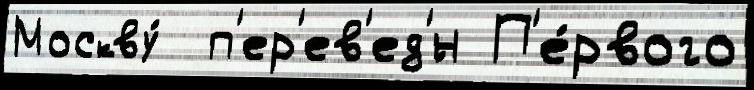
Москву́  п'ер'ев'ед'́н П'е́рвого